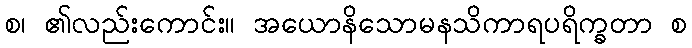
စ၊ ၏လည်းကောင်း။ အယောနိသောမနသိကာရပရိက္ခတာ စ